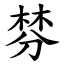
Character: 棼